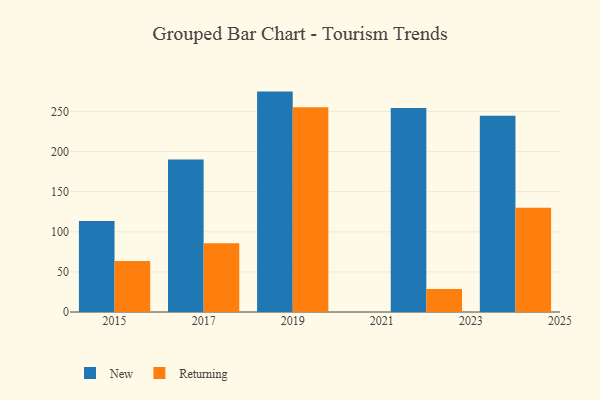
{"axis": {"x": "Year", "y": "Gross Profit (USD K)"}, "legend": ["New", "Returning"], "data": [{"x": "2024", "y": 244.6, "type": "New"}, {"x": "2024", "y": 129.8, "type": "Returning"}, {"x": "2019", "y": 274.7, "type": "New"}, {"x": "2019", "y": 255.2, "type": "Returning"}, {"x": "2022", "y": 254.2, "type": "New"}, {"x": "2022", "y": 28.7, "type": "Returning"}, {"x": "2017", "y": 190.0, "type": "New"}, {"x": "2017", "y": 85.6, "type": "Returning"}, {"x": "2015", "y": 113.4, "type": "New"}, {"x": "2015", "y": 63.7, "type": "Returning"}]}